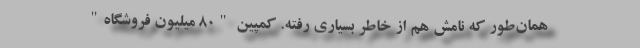
همان‌طور که نامش هم از خاطر بسیاری رفته. کمپین "80 میلیون فروشگاه"